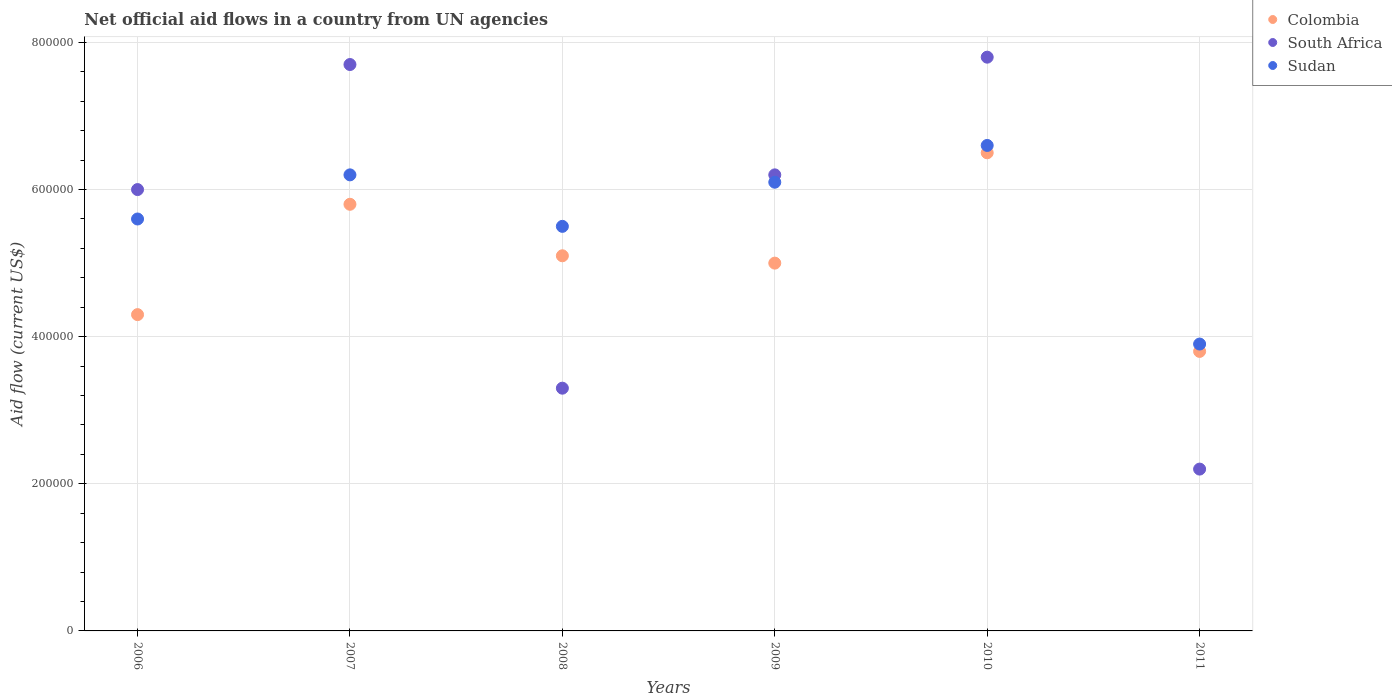
| Years | Colombia | South Africa | Sudan |
 | --- | --- | --- | --- |
 | 2006 | 4.3e+05 | 6e+05 | 5.6e+05 |
 | 2007 | 5.8e+05 | 7.7e+05 | 6.2e+05 |
 | 2008 | 5.1e+05 | 3.3e+05 | 5.5e+05 |
 | 2009 | 5e+05 | 6.2e+05 | 6.1e+05 |
 | 2010 | 6.5e+05 | 7.8e+05 | 6.6e+05 |
 | 2011 | 3.8e+05 | 2.2e+05 | 3.9e+05 |